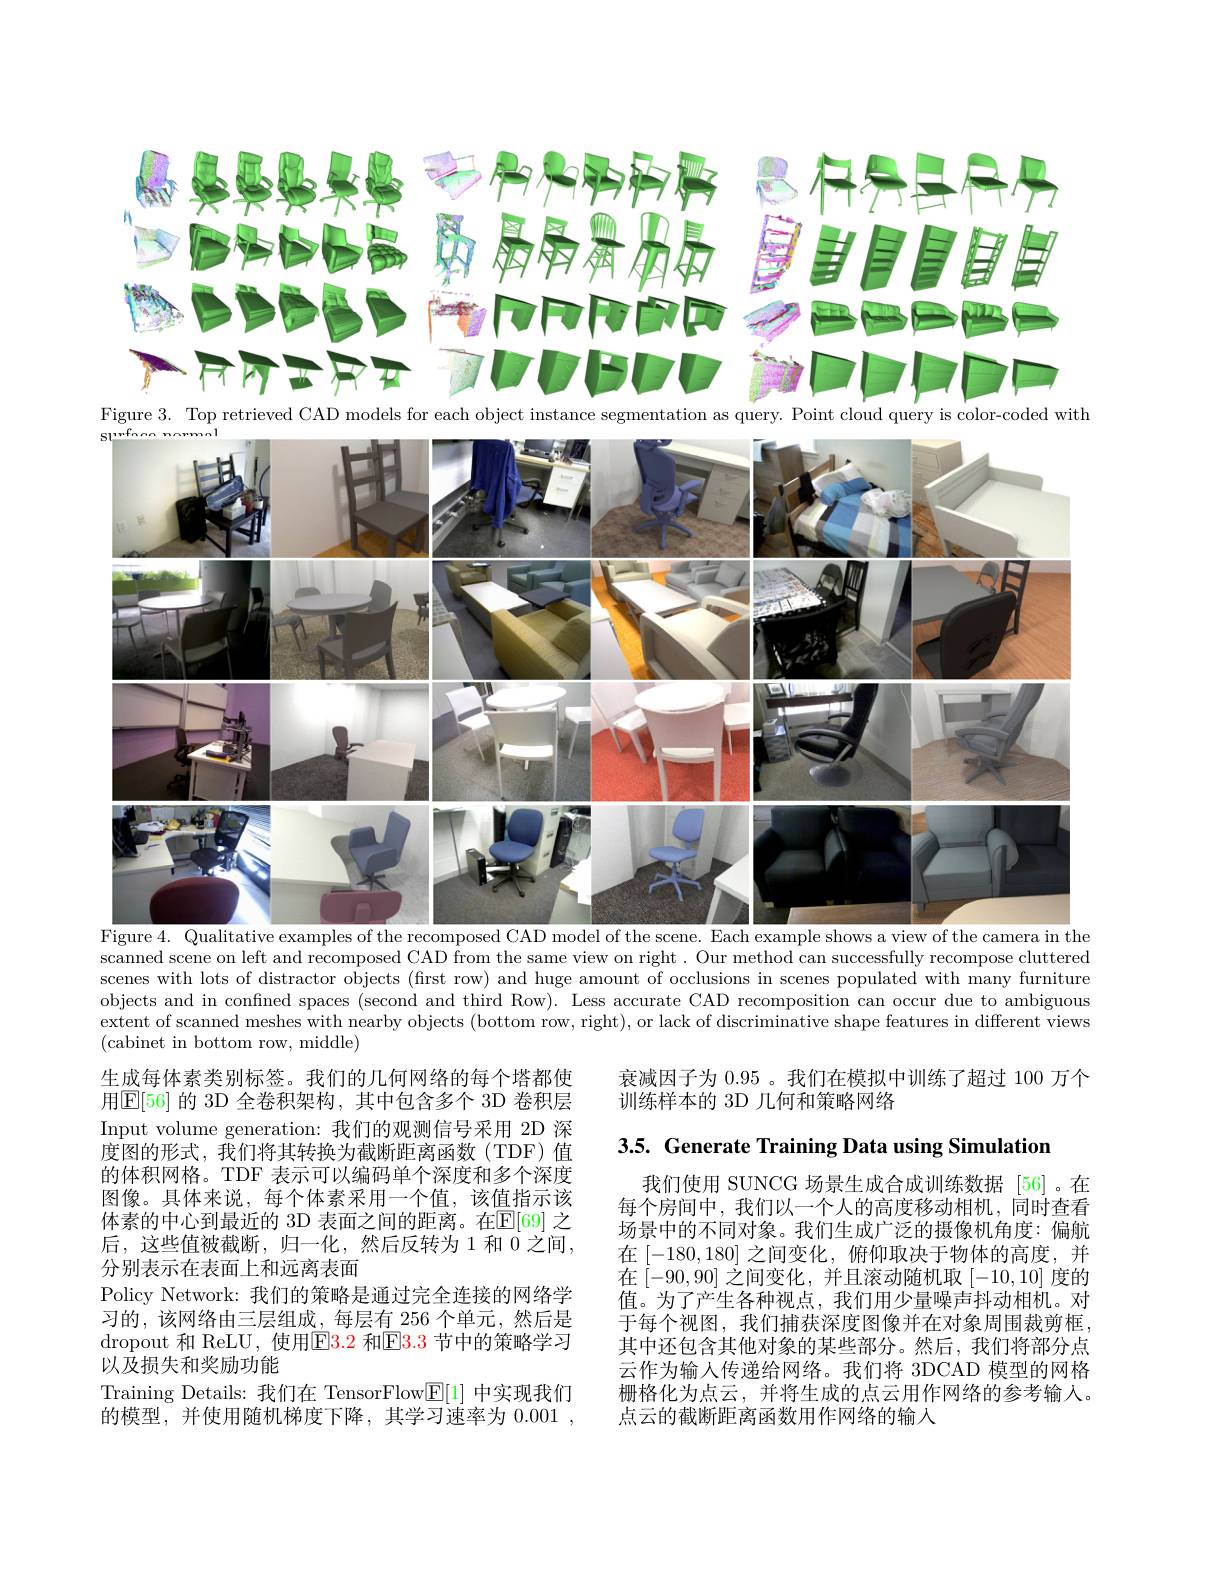
<FigureHere>
Figure 3. Top retrieved CAD models for each object instance segmentation as query. Point cloud query is color-coded with

Sl'wfonn nnmmal

$V_3ae^{2n}$

T

Figure 4. Qualitative examples of the recomposed CAD model of the scene. Each example shows a view of the camera in the scanned scene on left and recomposed CAD from the same view on right. Our method can successfully recompose cluttered scenes with lots of distractor objects (first row) and huge amount of occlusions in scenes populated with many furniture objects and in confned spaces (second and third Row). Less accurate CAD recomposition can occur due to ambiguous extent of scanned meshes with nearby objects (bottom row, right), or lack of discriminative shape features in different views (cabinet in bottom row, middle)

衰减因子为 0.95 。我们在模拟中训练了超过 100 万个
训练样本的 3D 几何和策略网络

3.5. Generate Training Data using Simulation

生成每体素类别标签。我们的几何网络的每个塔都使用$\boxed{\mathrm{E}}[56]$ 的 3D 全卷积架构，其中包含多个 3D 卷积层Input volume generation:我们的观测信号采用 2D 深度图的形式，我们将其转换为截断距离函数(TDF)值的体积网格。TDF 表示可以编码单个深度和多个深度图像。具体来说，每个体素采用一个值，该值指示该体素的中心到最近的 3D 表面之间的距离。在$\mathbb{E}[69]$ 之后，这些值被截断，归一化，然后反转为1和 0 之间， 分别表示在表面上和远离表面
Policy Network: 我们的策略是通过完全连接的网络学习的，该网络由三层组成，每层有 256 个单元，然后是dropout 和 ReLU, 使用$\boxed{\mathrm{E}}3.2$ 和$\boxed{\mathrm{E}}3.3$ 节中的策略学习以及损失和奖励功能
Training Details: 我们在 TensorFlow$\underline{\mathrm{E}}[1]$中实现我们的模型，并使用随机梯度下降，其学习速率为0.001

我们使用 SUNCG 场景生成合成训练数据 [56]。在每个房间中，我们以一个人的高度移动相机，同时查看场景中的不同对象。我们生成广泛的摄像机角度：偏航在[-180,180]之间变化，俯仰取决于物体的高度，并在[-90,90] 之间变化，并且滚动随机取[-10,10]度的值。为了产生各种视点，我们用少量噪声抖动相机。对于每个视图，我们捕获深度图像并在对象周围裁剪框， 其中还包含其他对象的某些部分。然后，我们将部分点云作为输入传递给网络。我们将 3DCAD 模型的网格栅格化为点云，并将生成的点云用作网络的参考输入。点云的截断距离函数用作网络的输入